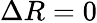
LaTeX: \Delta R=0